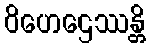
ဝိဟေဌေဿန္တိ